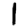
Digit: 1